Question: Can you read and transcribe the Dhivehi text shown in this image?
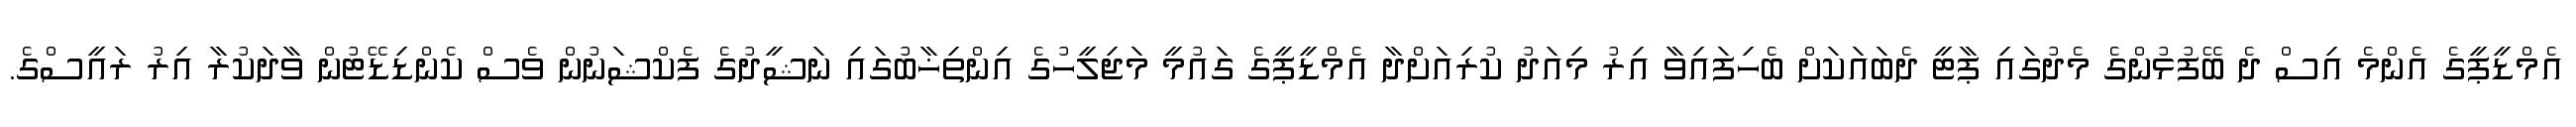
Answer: އެމްޑީޕީގެ އެންމެ އިސް ދެ ބޭފުޅުންގެ މެދުގައި ޕާޓީ ދެބައަކަށް ބެހިފައިވާ އިރު މިއަދު ކުރިއަށްދާ އެމްޑީޕީގެ ގައުމީ މަޖިލީހުގެ އިންތިޚާބުގައި ނަޝީދުގެ ފެކްޝަނުން ވެސް ކެންޑިޑޭޓުން ވާދަކުރާ އިރު ރައީސްގެ.